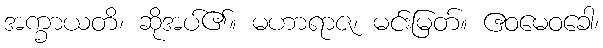
အက္ခာယတိ၊ ဆိုအပ်၏။ မဟာရာဇ၊ မင်းမြတ်။ ဧဝမေဝခေါ၊